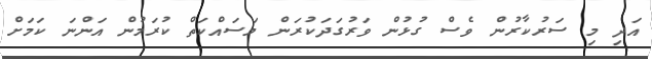
އަދި މި ސަރުކާރުން ވެސް ގުޅުން ވަރުގަދަކުރަން މަސައްކަތް ކުރަމުން އަންނަ ކަމަށް